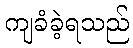
ကျခံခဲ့ရသည်